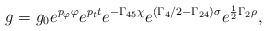
LaTeX: \begin{align*} \displaystyle{ g=g_0 e^{ p_{\varphi} \varphi}e^{p_t t}e^{-\Gamma_{45}\chi}e^{(\Gamma_4/2-\Gamma_{24})\sigma}e^{\frac{1}{2 } \Gamma_2 \rho }} ,\end{align*}